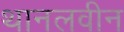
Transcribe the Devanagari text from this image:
थानलवीन